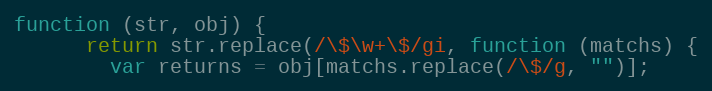
Language: JavaScript
function (str, obj) {
      return str.replace(/\$\w+\$/gi, function (matchs) {
        var returns = obj[matchs.replace(/\$/g, "")];